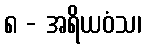
၈ - အရိယဝံသ၊